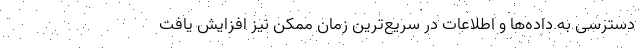
دسترسی به داده‌ها و اطلاعات در سریع‌ترین زمان ممکن نیز افزایش یافت